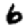
Digit: 6